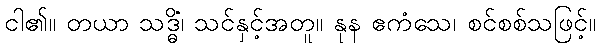
ငါ၏။ တယာ သဒ္ဓိံ၊ သင်နှင့်အတူ။ နုန ဧကံသေ၊ စင်စစ်သဖြင့်။